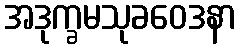
အဒုက္ခမသုခဝေဒနာ